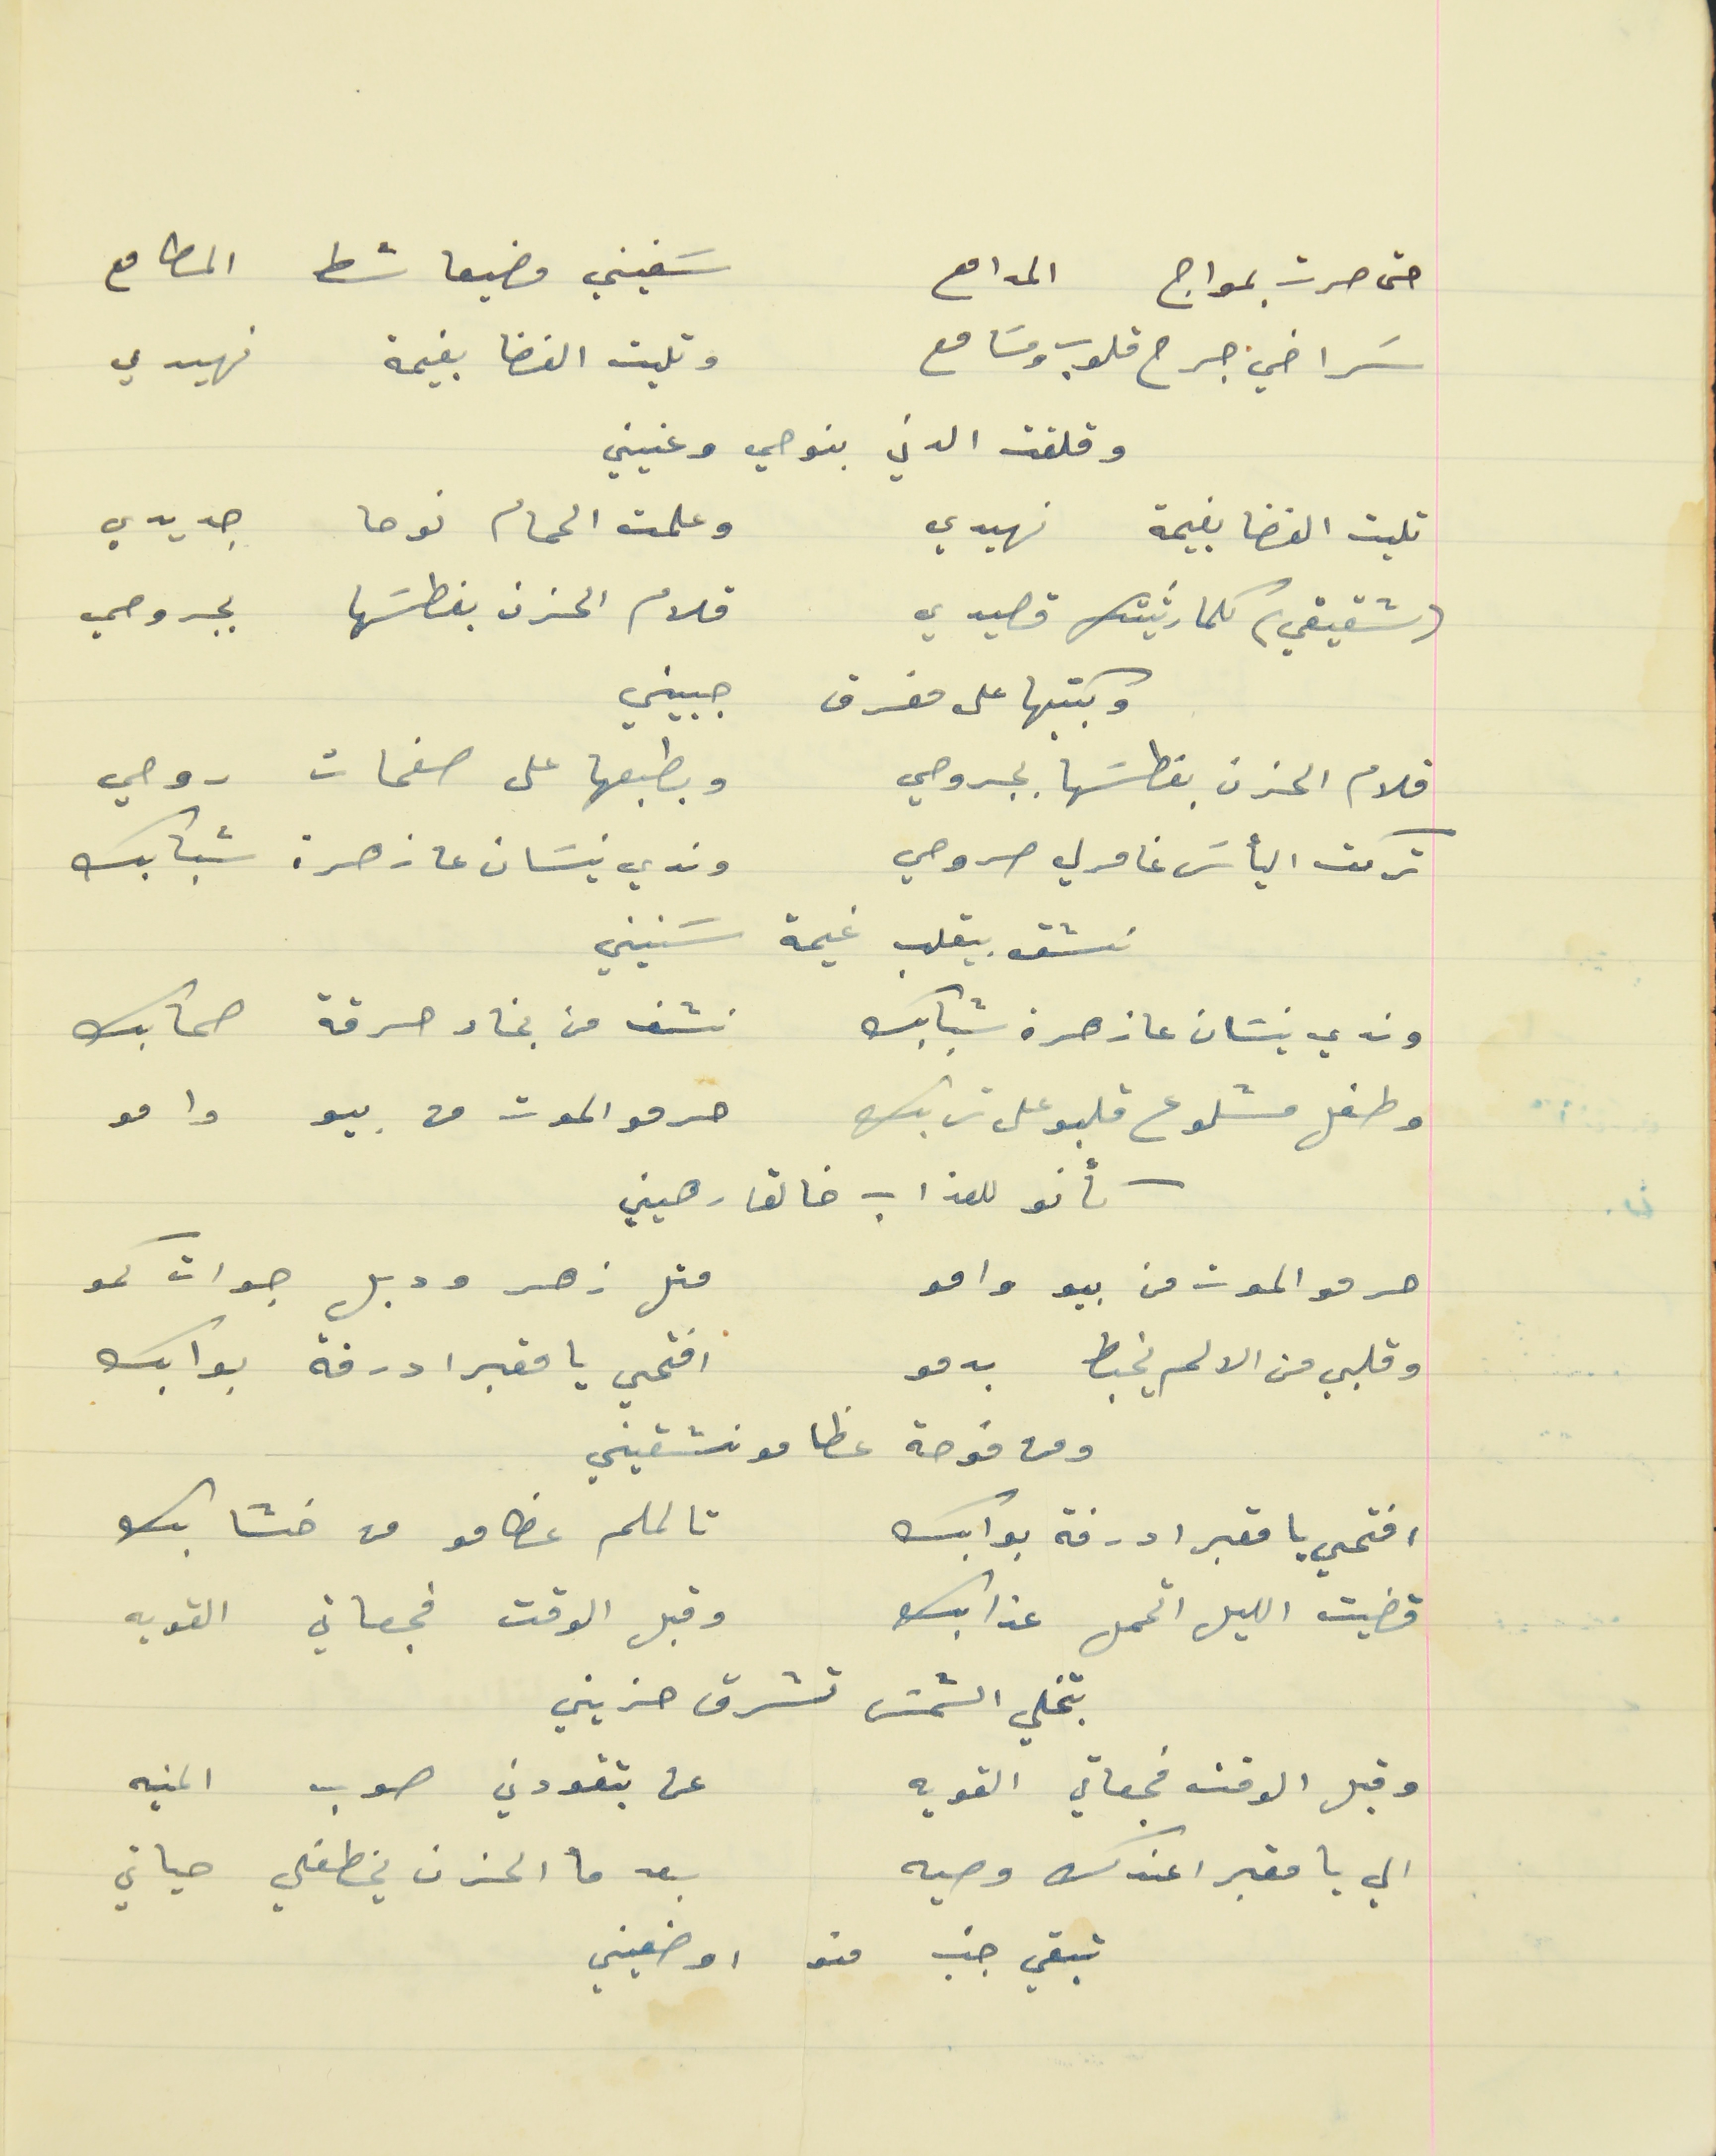
حتى صرت بمواج المدامع                                       سَفيني مضيعا شط المطامع
سَراخي جرح قلوب ومسَامع                                   وتليت الفضا بغيمة نهيدي
 وقلقت الدني بنوحي وعنيني
تليت الفضا بغيمة نهيدي                                      وعلمت الحمام نوحا جديدي
(شقيقي) كلما رثيتك قصيدي                                  قلام الحزن بغطسَها بجروحي
 وبكتبها على مفرق جبيني
 قلام الحزن بغطسَها بجروحي                                  وبطبعها على صفحات روحي
تركت اليأسَ غامرلي صروحي                                  وندي نيسَان عا زهرة شبابك
نشق بيقلب غيمة سَنيني
وندي نيسَان عا زهرة شبابك                                   نشف من بخار حرقة صحابك
وطفل مشلوع قلبو على ترابك                               حرمو الموت من بيو وامو
حرمو الموت من بيو وامو                                      متل زهر ودبل جوات كمو
 وقلبي من الالم يخبط بدمو                                    افتحي يا مقبرا درفة بوابك
ومن فوحة عظامو نشقيني
افتحي با مقبرا درفة بوابك                                    تا لملم عظامو من خشابك
 قضيت الليل اتحمل عذابك                                   وقبل الوقت فجعاتي القويه
 بتخلي الشمسَ تشرق حزيني
وقبل الوقت فجعاتي القويه                                  عن بتقودني صوب المنيه
الي يا مقبرا عندك وصيه                                     بعد ما الحزن يخطفلي حياتي
تبقي جنب منو  اوضعيني
كأنو للعذاب خالقا رهيني